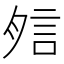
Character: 𧦇